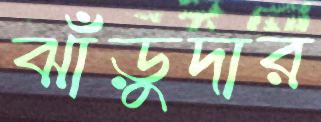
ঝাঁড়ুদার